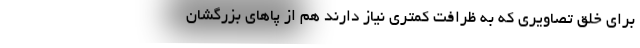
برای خلق تصاویری که به ظرافت کمتری نیاز دارند هم از پاهای بزرگشان